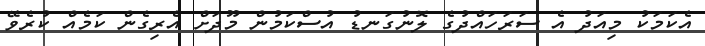
އެކަމަކު މިއަދު އެ ސަރަހައްދުގެ ލޮނުގަނޑު އުސްކަމުން މޫދަށް އެރިގެން ކަމެއް ކުރެވޭ